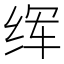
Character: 𦈉